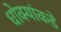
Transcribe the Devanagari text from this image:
धोक्यांकडे